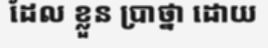
ដែល ខ្លួន ប្រាថ្នា ដោយ